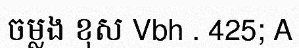
ចម្លង ខុស Vbh . 425; A